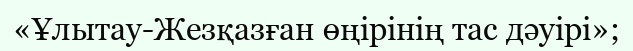
«Ұлытау-Жезқазған өңірінің тас дәуірі»;